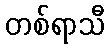
တစ်ရာသီ